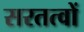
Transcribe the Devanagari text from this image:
सरतत्वों